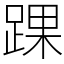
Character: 踝